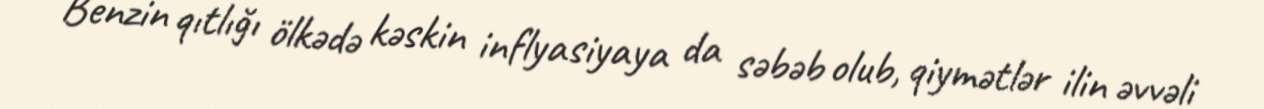
Benzin qıtlığı ölkədə kəskin inflyasiyaya da səbəb olub, qiymətlər ilin əvvəli